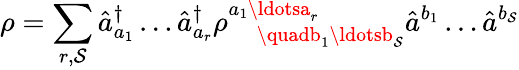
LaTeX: \rho=\sum_{r,\mathcal{S}}\hat{{a}}_{a_{1}}^{\dagger}\ldots\hat{{a}}_{a_{r}}^{\dagger}\rho_{\quad\quadb_{1}\ldotsb_{\mathcal{S}}}^{a_{1}\ldotsa_{r}}\hat{{a}}^{b_{1}}\ldots\hat{{a}}^{b_{\mathcal{S}}}